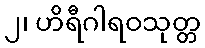
၂၊ ဟိရီဂါရဝသုတ္တ